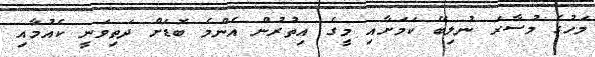
މަހުގެ މުސާރަ ނުލިބޭ ކަމަށާއި މީގެ އިތުރުން އެންމެ ބޮޑަށް ދަތިވަނީ ކެއުމާއި